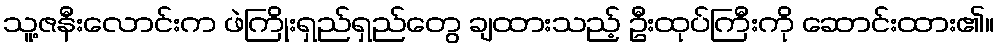
သူ့ဇနီးလောင်းက ဖဲကြိုးရှည်ရှည်တွေ ချထားသည့် ဦးထုပ်ကြီးကို ဆောင်းထား၏။